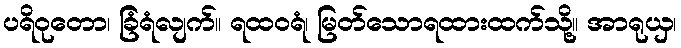
ပရိဝုတော၊ ခြံရံလျက်။ ရထဝရံ၊ မြတ်သောရထားထက်သို့။ အာရုယှ၊